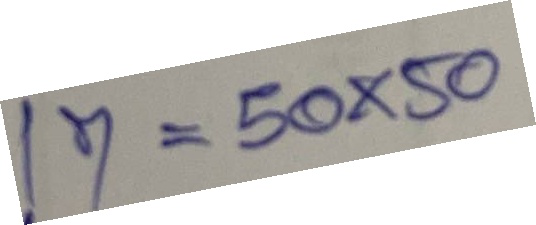
17 = 50x50